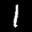
Label: 1